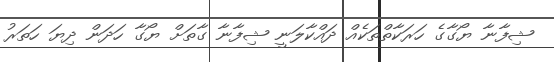
ޝިފާނާ ޔޯގާގެ ހަރަކާތްތަކެއް ދައްކާލަނީ ޝިފާނާ ގާތަށް ޔޯގާ ހަދަން ދިޔަ ހަތަރު